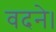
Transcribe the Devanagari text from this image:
वदने।